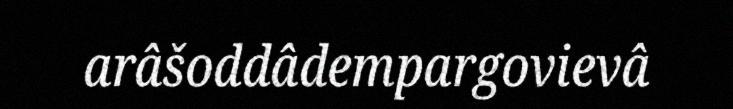
arâšoddâdempargovievâ